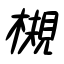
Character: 槻